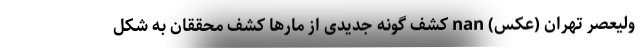
ولیعصر تهران (عکس) nan کشف گونه جدیدی از مارها کشف محققان به شکل